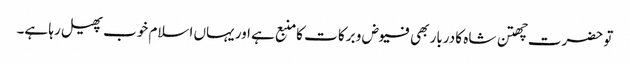
تو حضرت چھتن شاہ کا دربار بھی فیوض و برکا ت کامنبع ہے اور یہاں اسلام خوب پھیل رہا ہے۔